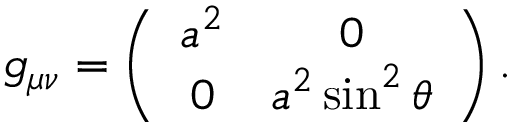
\begin{array} { r } { g _ { \mu \nu } = \left( \begin{array} { c c } { a ^ { 2 } } & { 0 } \\ { 0 } & { a ^ { 2 } \sin ^ { 2 } \theta } \end{array} \right) . } \end{array}